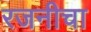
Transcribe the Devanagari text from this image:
रजनीचा